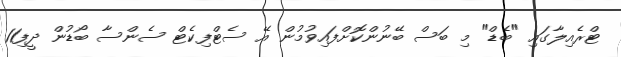
ޓްރެއިލާގައި "ބެޑް" މި ބަސް ބޭނުންކޮށްފައިވުމުން އޭ ސެޓްފިކެޓް ސެންސާ ބޯޑުން ދީފި11